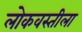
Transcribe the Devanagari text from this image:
लोकवस्तीला